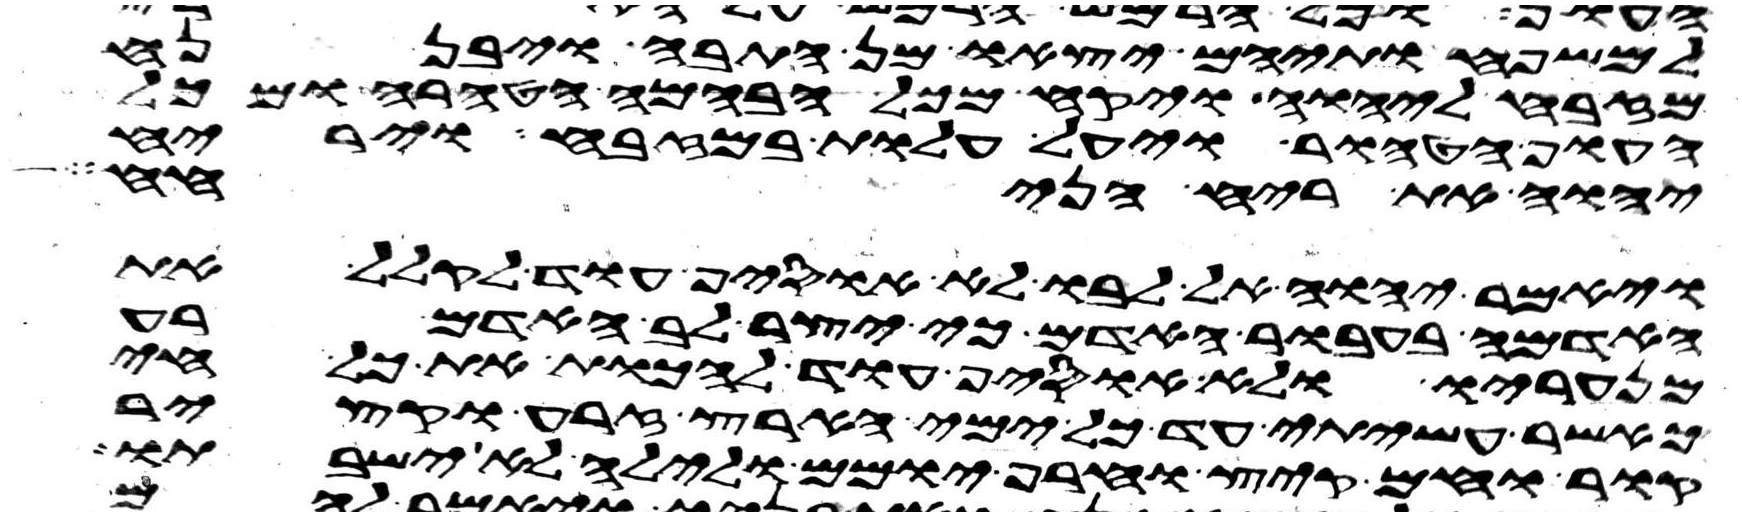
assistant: למשפחותיהם יצאו מן התבה ויבן נח
מזבח ליהוה ויקח מכל הבהמה הטהרה ומכל
העוף הטהור ויעל עלות במזבח וירח
יהוה את ריח הניחח
ויאמר יהוה אל לבו לא אוסיף עוד לקלל את
האדמה בעבור האדם כי יצר לב האדם רע
מנעריו ולא אוסיף עוד להכות את כל חי
כאשר עשיתי עד כל ימי הארץ זרע וקציר
קור וחם קיץ וחרף יומם ולילה לא ישבתו